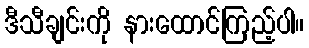
ဒီသီချင်းကို နားထောင်ကြည့်ပါ။